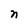
Character: n